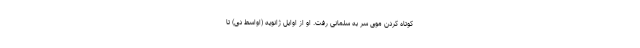
کوتاه کردن موی سر به سلمانی رفت. او از اوایل ژانویه (اواسط دی) تا